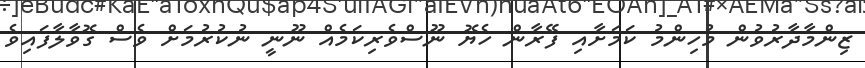
ޒިންމާދާރުވުން މުހިންމު ކަމަށާއި ފޭރާން ހެޔޮ ނޫސްވެރިކަމެއް ނޫނީ ނުކުރުމަށް ވެސް ގޮވާލާފައިވެ